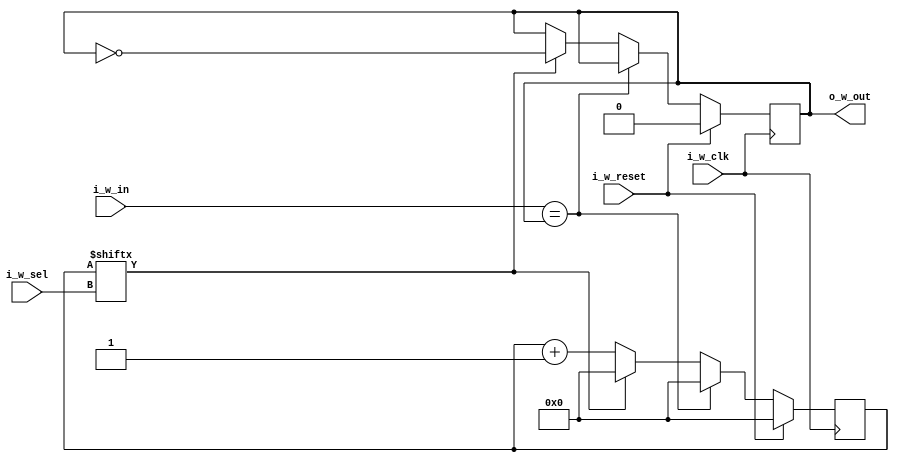
`timescale 1ns / 1ps
module task2(
    output wire o_w_out,
    input wire i_w_in,
    input wire i_w_clk,
    input wire i_w_reset,
    input wire[4:0] i_w_sel
);
    // counter pentru perioada dintre doua schimbari ale semnalului
    // cu acest reg vom numara efectiv pana la o anumita valoare pe
    // care o marcam prin i_w_sel
    // in cazul de fata avem un counter pe 32 de biti
    reg[31:0] l_r_counter;
    
    // ca sa pot accesa bitii sai, pot face l_r_counter[0], l_r_counter[1] etc
    // pot merge pana la l_r_counter[31] => am nevoie de un index pentru
    // a itera prin acest counter, index ce poate lua valori de la 0 la 31
    // ca sa pot reprezenta numerele de la 0 la 31 am nevoie de un numar pe 5 biti
    // si de aceea primim in lista de porturi **i_w_sel** - il vom folosi pe post de index
    
    // retine starea butonului (daca este pe 0 sau pe 1)
    reg l_r_button;
    always @(posedge i_w_clk) begin
        // daca primim reset, atunci punem pe 0 atat counter-ul, cat si valoarea butonului
        if(i_w_reset) begin
        	l_r_counter <= 0;
        	l_r_button <= 0;
        end else begin
        	// starea butonului a ajuns sa fie egala cu inputul pe care l-am dat
        	if (i_w_in == l_r_button) begin
        	   // resetez counter-ul pentru o viitoare stabilizare
        	   l_r_counter <= 0;
        	end else begin
        	   // i_w_sel va primi la inceput o valoare (pe parcursul acestui modul nu ii vom schimba valoarea)
        	   // Ce face acest i_w_sel?
        	   // R: ne spune cand sa ne oprim cu stabilizarea
        	   // Daca eu trimit din exterior aka la instantierea modulului un i_w_sel = 2,
        	   // atunci eu voi astepta sa ajung cu numaratul lui l_r_counter pana cand l_r_counter[2] = 1.
        	   // Adica voi avea initial:
        	   // l_r_counter = 0,
        	   // l_r_counter = 1,
        	   // l_r_counter = 01,
        	   // l_r_counter = 10,
        	   // l_r_counter = 11,
        	   // l_r_counter = 100 <=> l_r_counter[2] = 1
        	   // In acest moment ma opresc din a creste contorul, deoarece sunt sigura ca s-a stabilizat
        	   
        	   // De unde stiu ca s-a stabilizat?
        	   // R: cineva din exterior mi-a zis ca i_w_sel = 2 va stabiliza semnalul
        	   
        	   // Cine decide ca i_w_sel = 2?
        	   // R: i_w_sel va lua valoarea pe care cel din exterior o va considera suficienta ca sa
        	   // zica intr-adevar, am obtinut o apasare corecta si semnalul meu e stabilizat
        	   if (l_r_counter[i_w_sel] == 1'b1) begin
        	       // problema de nestabilizare a semnalului apare doar la comutari (din 0 pe 1, din 1 pe 0)
        	       // cand am gasit un "prag" pentru stabilizare, atunci fac toggle la semnal si ma opresc
        	       // din a creste contorul
        	       l_r_button <= ~l_r_button;
        	       // counter se face 0 pentru o alta stabilizare
        	       l_r_counter <= 0;
        	   end else begin
        	       // daca nu am atins pragul, continui sa numar (sa cresc counter-ul)
        	       l_r_counter <= l_r_counter + 1;
        	   end
        	end
        end
    end

    assign o_w_out = l_r_button;
endmodule